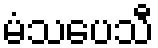
မံသပေသီ